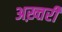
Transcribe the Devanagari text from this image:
अख़्तरी